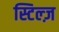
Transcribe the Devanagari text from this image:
स्टिल्ज़